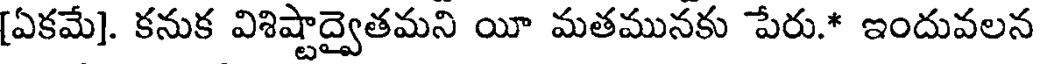
[ఏకమే]. కనుక విశిష్టాద్వైతమని యీ మతమునకు పేరు.* ఇందువలన